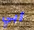
أبي